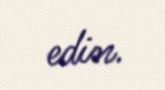
edin.